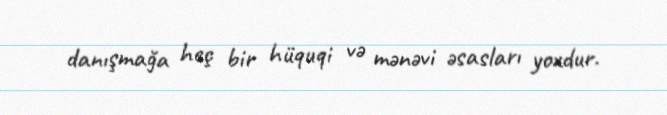
danışmağa heç bir hüquqi və mənəvi əsasları yoxdur.